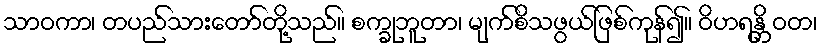
သာဝကာ၊ တပည်သားတော်တို့သည်။ စက္ခုဘူတာ၊ မျက်စိသဖွယ်ဖြစ်ကုန်၍။ ဝိဟရန္တိ ဝတ၊